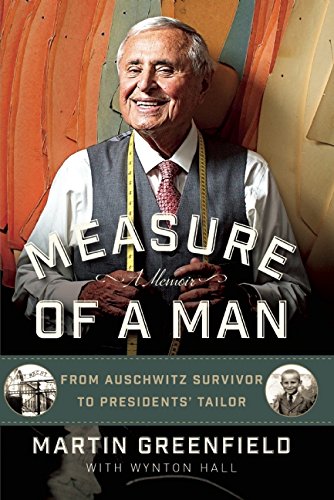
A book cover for Measure of a Man: From Auschwitz Survivor to Presidents' Tailor; Martin Greenfield; Arts & Photography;